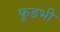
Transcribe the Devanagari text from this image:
फूडभी